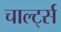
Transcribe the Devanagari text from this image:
चार्ल्ट्स